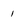
Character: 1